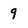
Character: 9